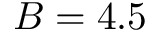
B = 4 . 5